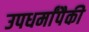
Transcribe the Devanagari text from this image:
उपधर्मांपैकी